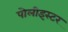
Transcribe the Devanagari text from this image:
पोलीइस्टर